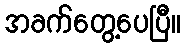
အခက်တွေ့ပေပြီ။